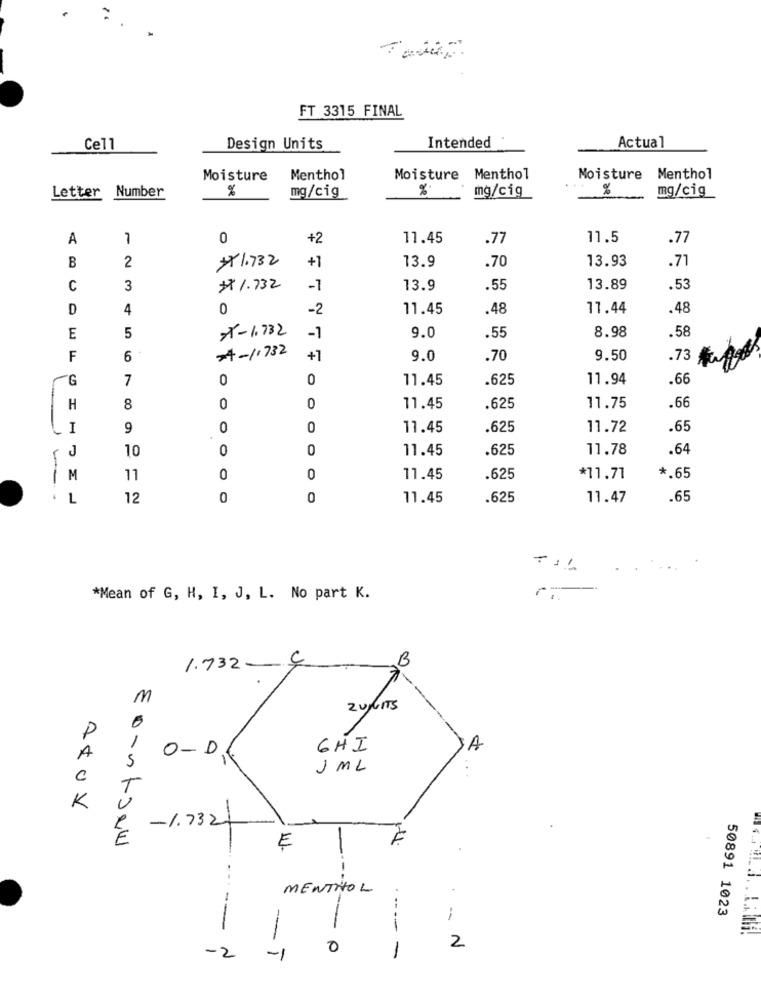
FT 3315 FINAL
Actual
Ce11
Design Units
Intended
Moisture
Menthol
Moisture Menthol
Moisture
Menthol
%
mg/cig
%
mg/cig
%
mg/cig
Letter Number
A
1
0
+2
11.45
.77
11.5
.77
2
# 1.732
13.9
.70
13.93
B
+1
.71
C
3
# 1.732
-1
13.9
.55
13.89
.53
D
4
0
-2
11.45
.48
17.44
.48
xx-1.732
9.0
E
5
-1
.55
8.98
.58
4-1.732
F
6
+1
9.0
.70
9.50
.73
G
7
0
0
11.45
.625
11.94
.66
H
8
0
0
11.45
.625
11.75
.66
I
9
0
0
11.45
.625
11.72
.65
10
0
0
11.45
.625
11.78
.64
-
M
11
0
0
11.45
.625
*11.71
*. 65
L
12
0
0
11.45
.625
11.47
.65
*Mean of G, H, I, J, L. No part K.
B
1.732 - 4
M
ZUNUITS
P
1
O-D
GHI
A
A
5
1 ML
C
K
-1.732
AJewl
E
MENTHOL
50891 1023
--
--
0
-
2
-2
-1